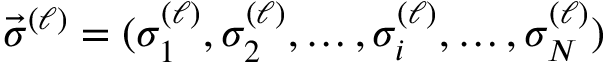
\vec { \sigma } ^ { ( \ell ) } = ( \sigma _ { 1 } ^ { ( \ell ) } , \sigma _ { 2 } ^ { ( \ell ) } , \ldots , \sigma _ { i } ^ { ( \ell ) } , \ldots , \sigma _ { N } ^ { ( \ell ) } )